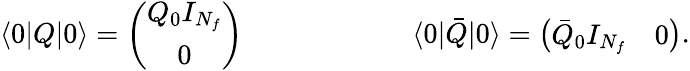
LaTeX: \langle 0|Q|0\rangle=\left(\begin{array}{c}{{Q_{0}I_{N_{f}}}}\\ {{0}}\end{array}\right)\qquad\qquad\qquad\langle 0|\bar{Q}|0\rangle=\left(\begin{array}{cc}{{\bar{Q}_{0}I_{N_{f}}}}&{{0}}\end{array}\right).